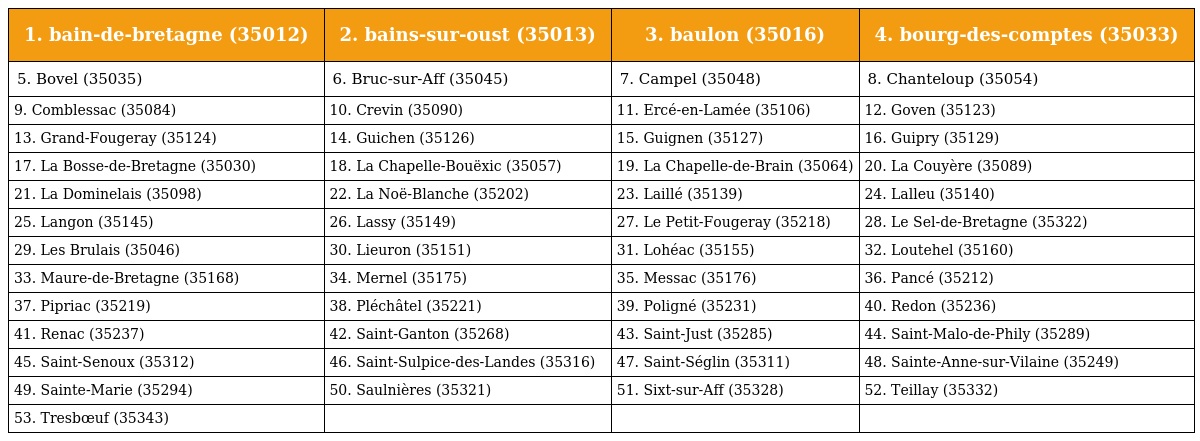
| 1. bain-de-bretagne (35012) | 2. bains-sur-oust (35013) | 3. baulon (35016) | 4. bourg-des-comptes (35033) |
 | --- | --- | --- | --- |
 | 5. Bovel (35035) | 6. Bruc-sur-Aff (35045) | 7. Campel (35048) | 8. Chanteloup (35054) |
 | 9. Comblessac (35084) | 10. Crevin (35090) | 11. Ercé-en-Lamée (35106) | 12. Goven (35123) |
 | 13. Grand-Fougeray (35124) | 14. Guichen (35126) | 15. Guignen (35127) | 16. Guipry (35129) |
 | 17. La Bosse-de-Bretagne (35030) | 18. La Chapelle-Bouëxic (35057) | 19. La Chapelle-de-Brain (35064) | 20. La Couyère (35089) |
 | 21. La Dominelais (35098) | 22. La Noë-Blanche (35202) | 23. Laillé (35139) | 24. Lalleu (35140) |
 | 25. Langon (35145) | 26. Lassy (35149) | 27. Le Petit-Fougeray (35218) | 28. Le Sel-de-Bretagne (35322) |
 | 29. Les Brulais (35046) | 30. Lieuron (35151) | 31. Lohéac (35155) | 32. Loutehel (35160) |
 | 33. Maure-de-Bretagne (35168) | 34. Mernel (35175) | 35. Messac (35176) | 36. Pancé (35212) |
 | 37. Pipriac (35219) | 38. Pléchâtel (35221) | 39. Poligné (35231) | 40. Redon (35236) |
 | 41. Renac (35237) | 42. Saint-Ganton (35268) | 43. Saint-Just (35285) | 44. Saint-Malo-de-Phily (35289) |
 | 45. Saint-Senoux (35312) | 46. Saint-Sulpice-des-Landes (35316) | 47. Saint-Séglin (35311) | 48. Sainte-Anne-sur-Vilaine (35249) |
 | 49. Sainte-Marie (35294) | 50. Saulnières (35321) | 51. Sixt-sur-Aff (35328) | 52. Teillay (35332) |
 | 53. Tresbœuf (35343) |  |  |  |